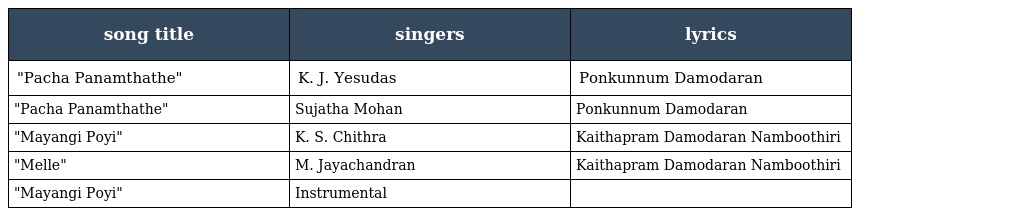
| song title | singers | lyrics |
 | --- | --- | --- |
 | "Pacha Panamthathe" | K. J. Yesudas | Ponkunnum Damodaran |
 | "Pacha Panamthathe" | Sujatha Mohan | Ponkunnum Damodaran |
 | "Mayangi Poyi" | K. S. Chithra | Kaithapram Damodaran Namboothiri |
 | "Melle" | M. Jayachandran | Kaithapram Damodaran Namboothiri |
 | "Mayangi Poyi" | Instrumental |  |